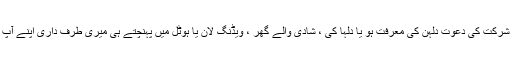
دوسرا مسئلہ ہے یہ نفسیاتی رویہ کہ شرکت کی دعوت دلہن کی معرفت ہو یا دلہا کی ، شادی والے گھر ، ویڈنگ لان یا ہوٹل میں پہنچتے ہی میری طرف داری اپنے آپ لڑکے والوں کی طرف ہو جاتی ہے ۔